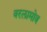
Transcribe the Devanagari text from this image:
वरलामोव